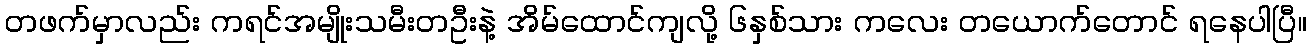
တဖက်မှာလည်း ကရင်အမျိုးသမီးတဦးနဲ့ အိမ်ထောင်ကျလို့ ၆နှစ်သား ကလေး တယောက်တောင် ရနေပါပြီ။